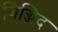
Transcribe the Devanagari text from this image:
बिज्जिद